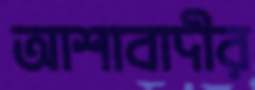
আশাবাদীর